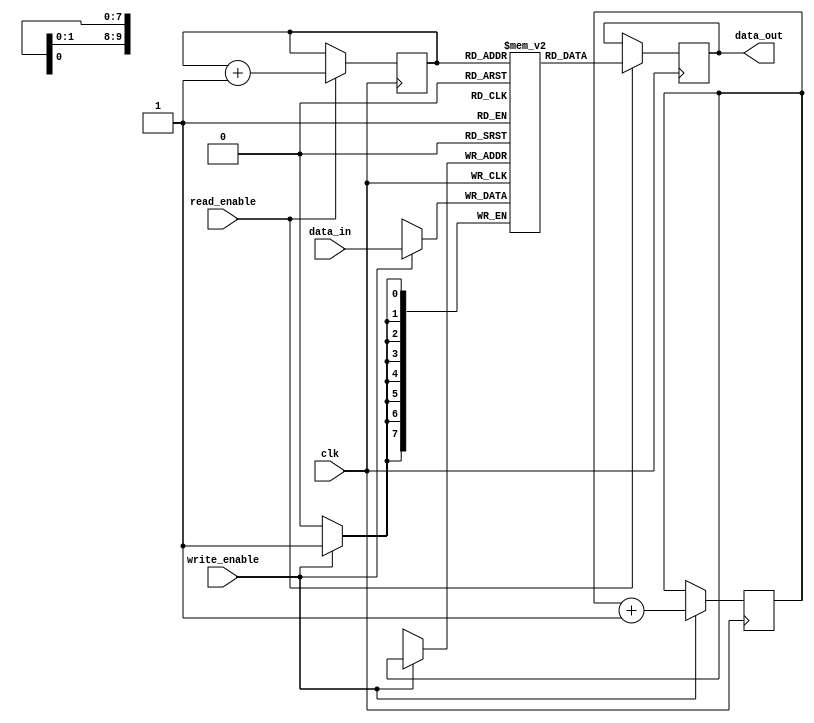
module fifo_buffer(
    input wire clk,
    input wire [7:0] data_in,
    input wire write_enable,
    input wire read_enable,
    output reg [7:0] data_out
);

reg [7:0] fifo_mem [0:1023];
reg [9:0] write_pointer;
reg [9:0] read_pointer;

always @(posedge clk) begin
    if(write_enable) begin
        fifo_mem[write_pointer] <= data_in;
        write_pointer <= write_pointer + 1;
    end
end

always @(posedge clk) begin
    if(read_enable) begin
        data_out <= fifo_mem[read_pointer];
        read_pointer <= read_pointer + 1;
    end
end

endmodule